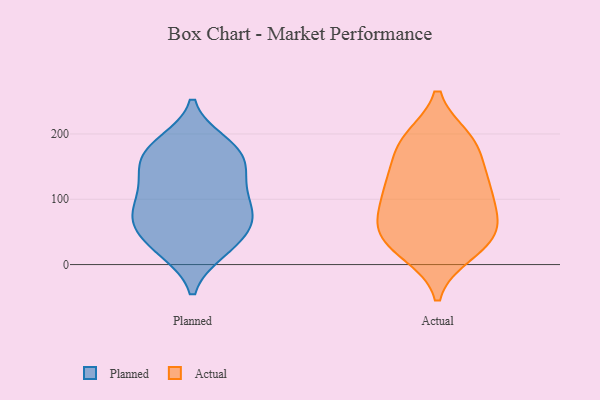
{"axis": {"x": "Energy Usage (MWh)", "y": "Value"}, "legend": ["Actual", "Planned"], "data": [{"x": "", "y": 157, "type": "Planned"}, {"x": "", "y": 109, "type": "Planned"}, {"x": "", "y": 160, "type": "Planned"}, {"x": "", "y": 162, "type": "Planned"}, {"x": "", "y": 63, "type": "Planned"}, {"x": "", "y": 187, "type": "Planned"}, {"x": "", "y": 77, "type": "Planned"}, {"x": "", "y": 70, "type": "Planned"}, {"x": "", "y": 88, "type": "Planned"}, {"x": "", "y": 123, "type": "Planned"}, {"x": "", "y": 118, "type": "Planned"}, {"x": "", "y": 140, "type": "Planned"}, {"x": "", "y": 23, "type": "Planned"}, {"x": "", "y": 20, "type": "Planned"}, {"x": "", "y": 54, "type": "Planned"}, {"x": "", "y": 53, "type": "Planned"}, {"x": "", "y": 21, "type": "Planned"}, {"x": "", "y": 79, "type": "Planned"}, {"x": "", "y": 181, "type": "Planned"}, {"x": "", "y": 183, "type": "Planned"}, {"x": "", "y": 94, "type": "Actual"}, {"x": "", "y": 124, "type": "Actual"}, {"x": "", "y": 18, "type": "Actual"}, {"x": "", "y": 185, "type": "Actual"}, {"x": "", "y": 83, "type": "Actual"}, {"x": "", "y": 133, "type": "Actual"}, {"x": "", "y": 179, "type": "Actual"}, {"x": "", "y": 55, "type": "Actual"}, {"x": "", "y": 63, "type": "Actual"}, {"x": "", "y": 65, "type": "Actual"}, {"x": "", "y": 22, "type": "Actual"}, {"x": "", "y": 128, "type": "Actual"}, {"x": "", "y": 192, "type": "Actual"}, {"x": "", "y": 39, "type": "Actual"}, {"x": "", "y": 36, "type": "Actual"}, {"x": "", "y": 192, "type": "Actual"}, {"x": "", "y": 121, "type": "Actual"}]}